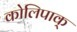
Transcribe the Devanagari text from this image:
कोलिपाक्